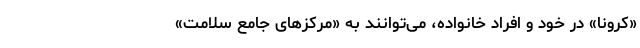
«کرونا» در خود و افراد خانواده، می‌توانند به «مرکزهای جامع سلامت»